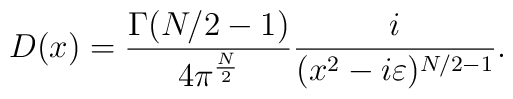
D(x)=\frac{\Gamma (N/2-1)}{4 \pi^{\frac{N}{2}}}\frac{i}{(x^2- i \varepsilon )^{N/2-1}}.